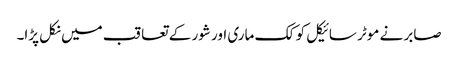
صابر نے موٹر سائیکل کو کک ماری اور شور کے تعاقب میں نکل پڑا۔